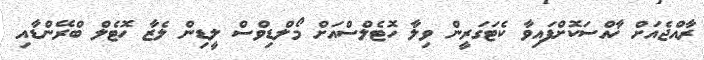
ރާއްޖެއަށް ޚާއްސަކޮށްފައިވާ ކެޓަގަރީން ވިލާ ހޮޓެލްސްއަށް މޯލްޑިވްސް ލީޑިން ލެޒާ ހޮޓެލް ބްރޭންޑާއި